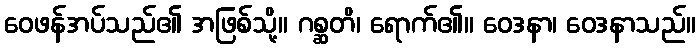
ဝေဖန်အပ်သည်၏ အဖြစ်သို့။ ဂစ္ဆတိ၊ ရောက်၏။ ဝေဒနာ၊ ဝေဒနာသည်။